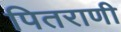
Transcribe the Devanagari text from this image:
पितराणी